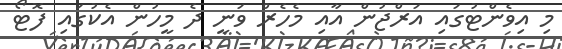
މި އިވެންޓުގައި އަރްޖުން އާއި މެހެރް ވަނީ ދެ މީހުން އެކުގައި ފޮޓޯ